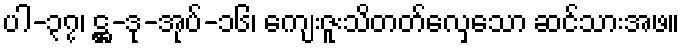
ပါ-၃၇၊ ဋ္ဌ-ဒု-အုပ်-၁၆၊ ကျေးဇူးသိတတ်လှေသော ဆင်သားအဖ။